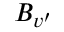
B _ { v ^ { \prime } }